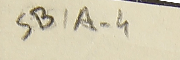
SB1A-4